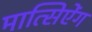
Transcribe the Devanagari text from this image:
मात्सिऐंग